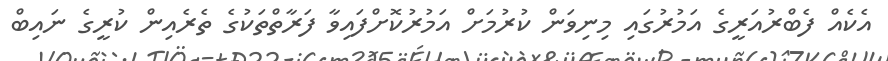
އެކެއް ފެބްރުއަރީގެ އަމުރުގައި މިނިވަން ކުރުމަށް އަމުރުކޮށްފައިވާ ފަރާތްތަކުގެ ތެރެއިން ކުރީގެ ނައިބް